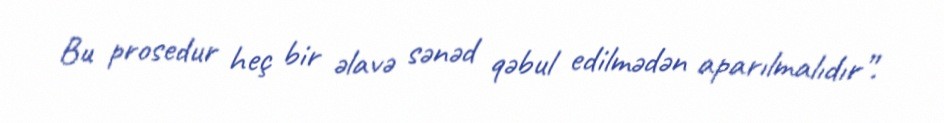
Bu prosedur heç bir əlavə sənəd qəbul edilmədən aparılmalıdır”.